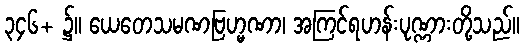
၃၄၆+ ၌။ ယေတေသမဏဗြဟ္မဏာ၊ အကြင်ရဟန်းပုဏ္ဏားတို့သည်။